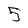
Character: 5